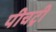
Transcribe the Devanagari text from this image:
पीचट्री